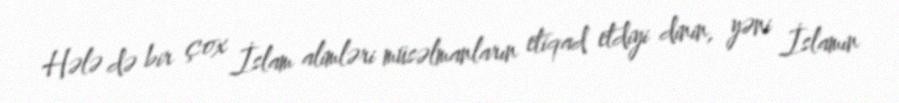
Hələ də bir çox İslam alimləri müsəlmanların etiqad etdiyi dinin, yəni İslamın